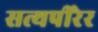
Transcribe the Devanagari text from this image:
सत्यपीरेर